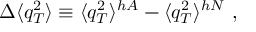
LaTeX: \Delta \langle q _ { T } ^ { 2 } \rangle \equiv \langle q _ { T } ^ { 2 } \rangle ^ { h A } - \langle q _ { T } ^ { 2 } \rangle ^ { h N } \ ,